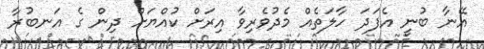
އޭނާ ބުނީ އެފަދަ ހާލަތެއް މެދުވެރިވާ އިރަށް ކުއްޔަށް ދިން ގެ އަނބުރާ